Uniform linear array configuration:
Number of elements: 4
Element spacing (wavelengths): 1
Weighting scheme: hann
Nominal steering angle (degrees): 0
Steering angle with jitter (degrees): -0.4063
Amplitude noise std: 0.05
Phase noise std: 0.05

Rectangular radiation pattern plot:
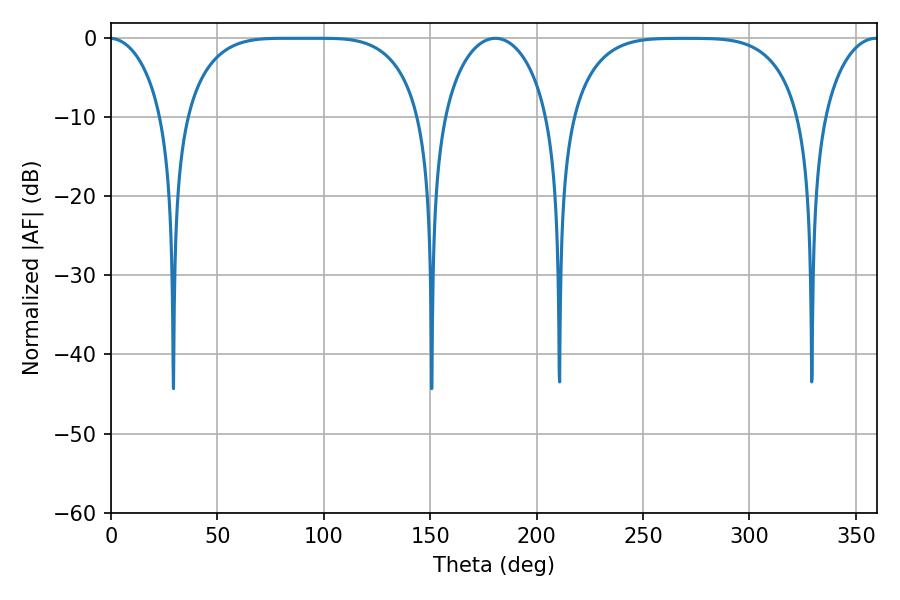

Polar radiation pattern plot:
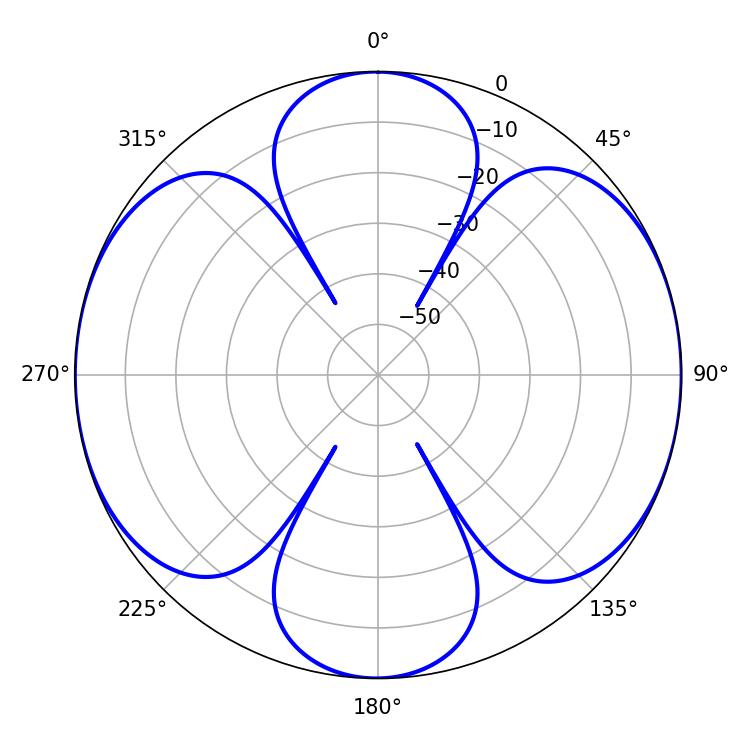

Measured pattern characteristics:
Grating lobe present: TRUE
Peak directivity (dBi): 16.518
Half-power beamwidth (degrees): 84.6
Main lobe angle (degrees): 81.72